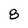
Character: 8